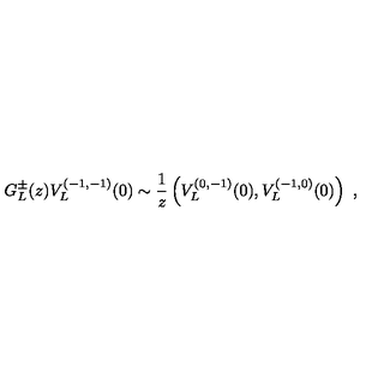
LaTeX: G _ { L } ^ { \pm } ( z ) V _ { L } ^ { ( - 1 , - 1 ) } ( 0 ) \sim { \frac { 1 } { z } } \left( V _ { L } ^ { ( 0 , - 1 ) } ( 0 ) , V _ { L } ^ { ( - 1 , 0 ) } ( 0 ) \right) \ ,